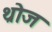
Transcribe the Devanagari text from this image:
थ्रोज